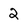
Character: 2